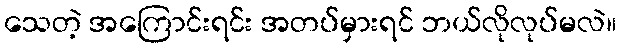
သေတဲ့ အကြောင်းရင်း အတပ်မှားရင် ဘယ်လိုလုပ်မလဲ။